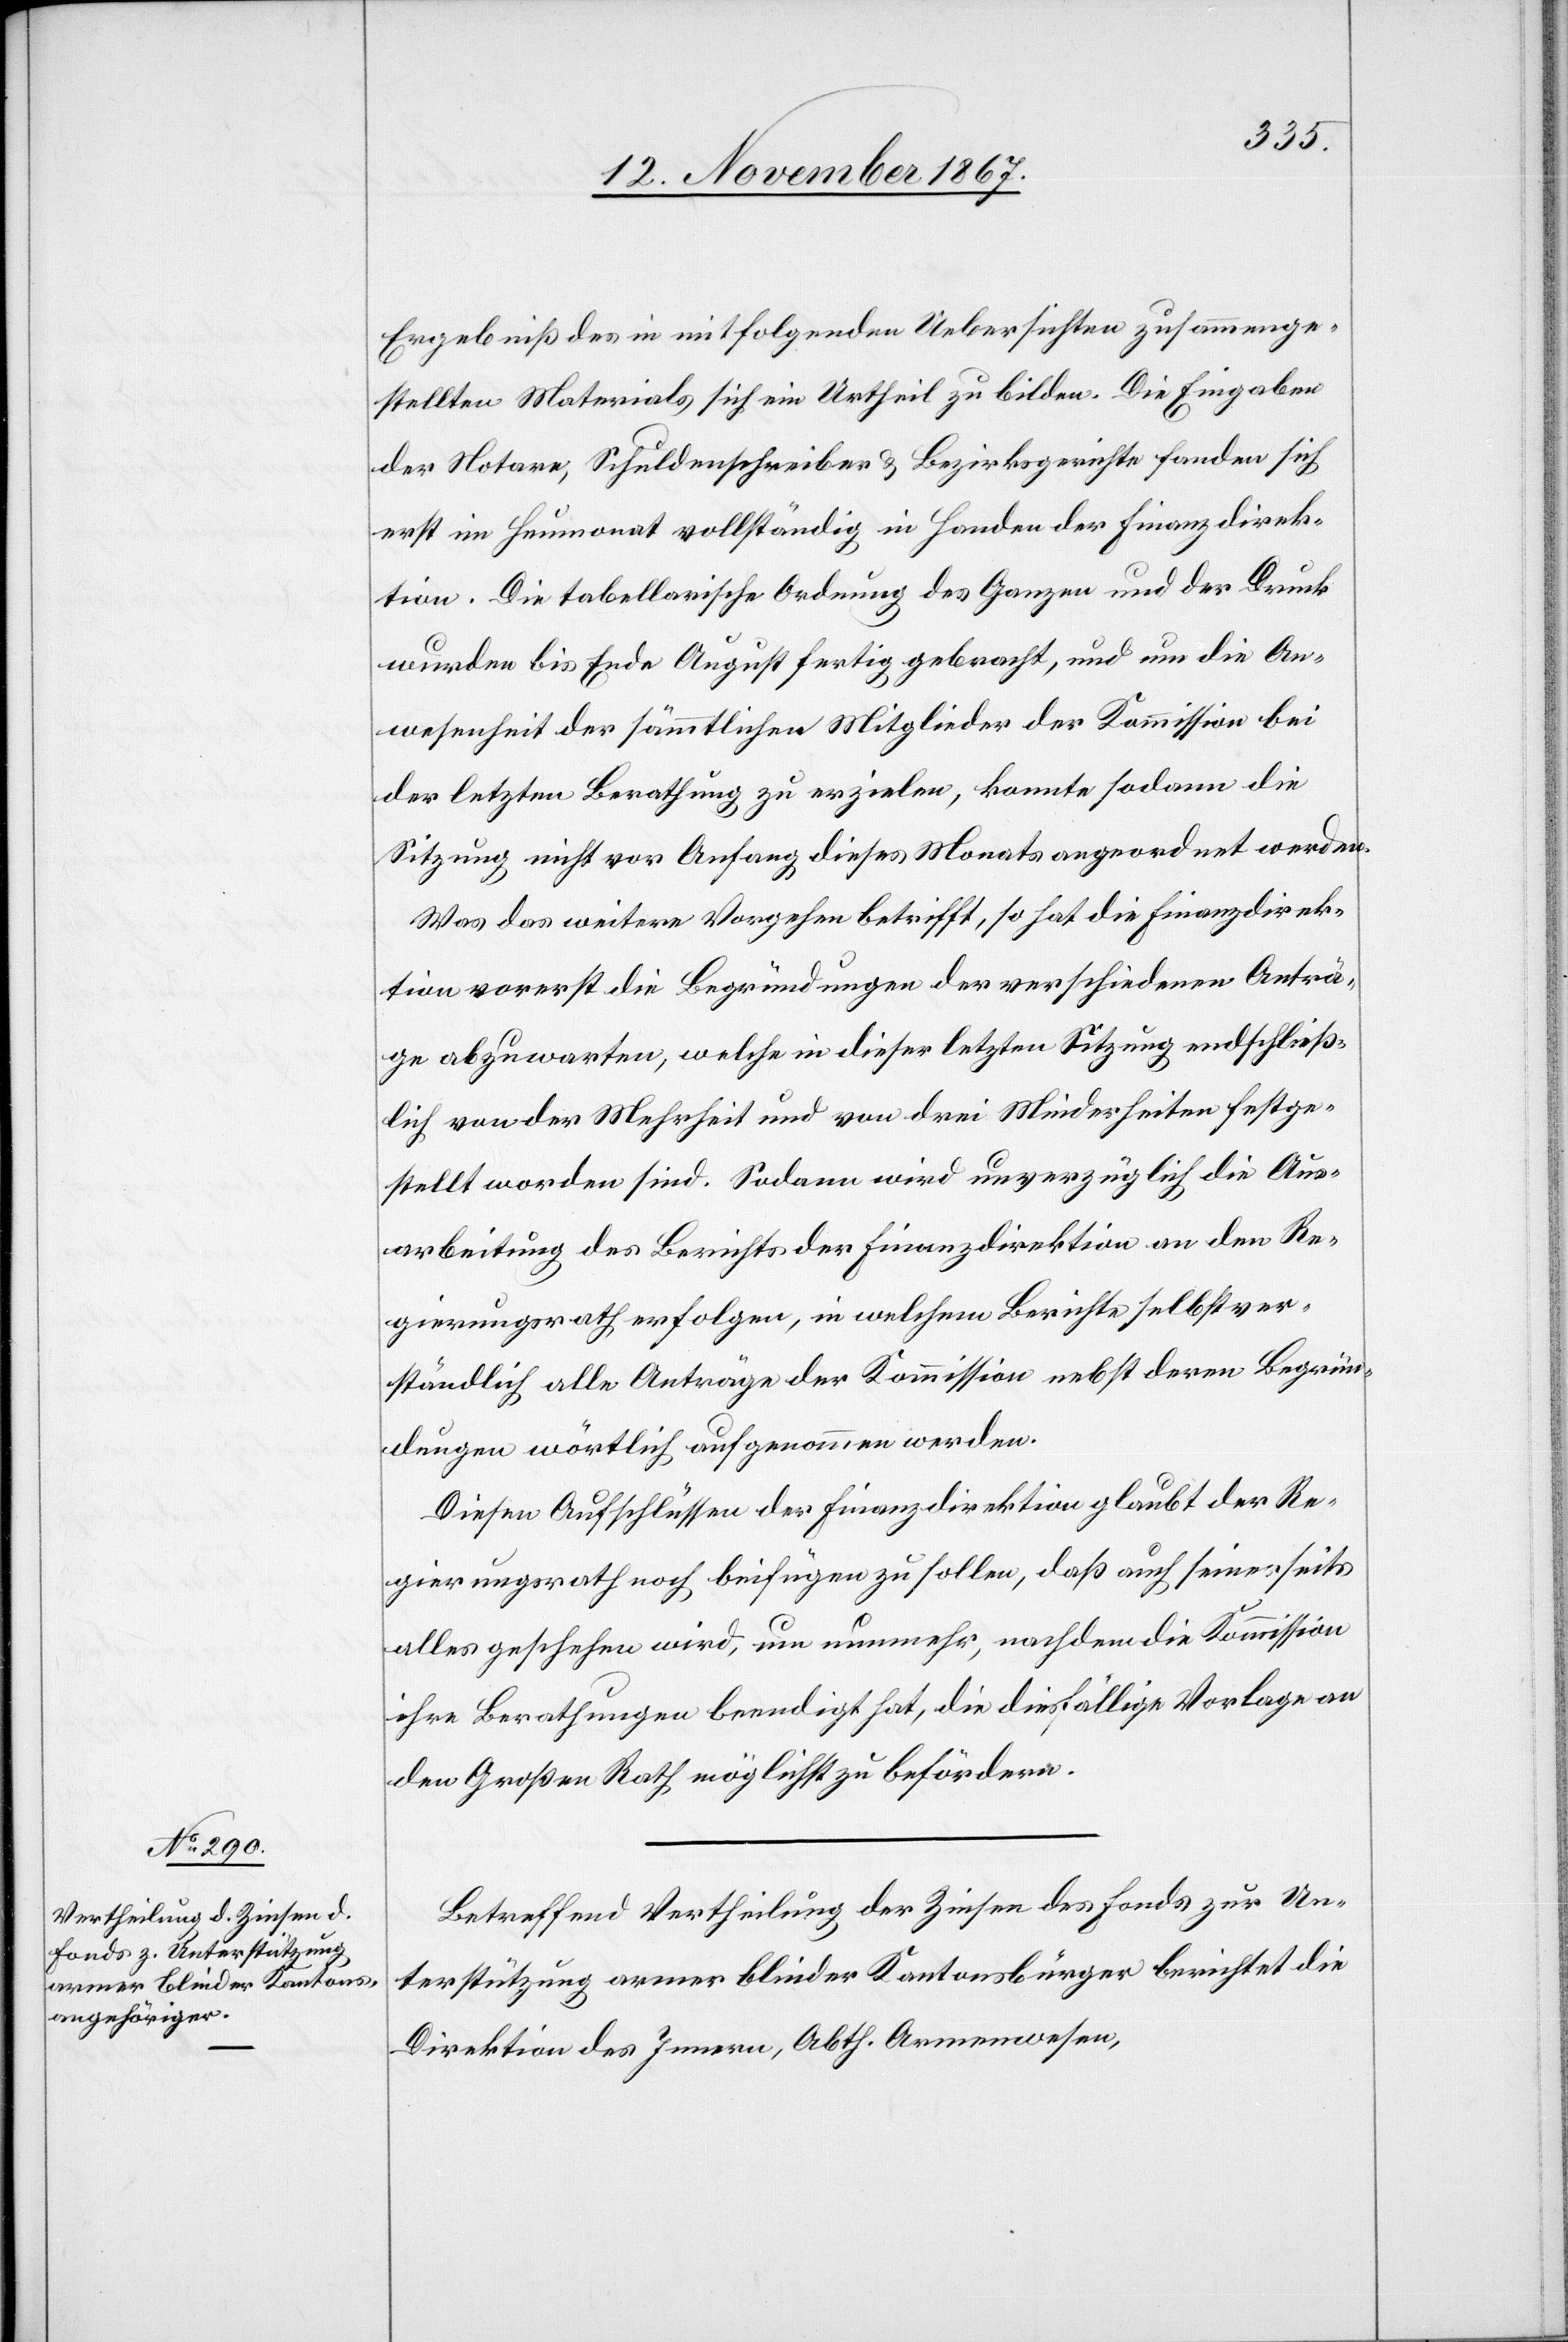
Ergebniß des im mitfolgenden Uebersichten zusammenge¬
stellten Materials sich ein Urtheil zu bilden. Die Eingaben
der Notare, Schuldenschreiber u. Bezirksgerichte fanden sich
erst im Heumonat vollständig in Handen der Finanzdirek¬
tion. Die tabellarische Ordnung des Ganzen und der Druck
wurden bis Ende August fertig gebracht, und um die An¬
wesenheit der sämmtlichen Mitglieder der Kommission bei
der letzten Berathung zu erzielen, konnte sodann die
Sitzung nicht vor Anfang dieses Monats angeordnet werden.
Was das weitere Vorgehen betrifft, so hat die Finanzdirek¬
tion vorerst die Begründungen der verschiedenen Anträ¬
ge abzuwarten, welche in dieser letzten Sitzung endschließ¬
lich von der Mehrheit und von drei Minderheiten festge¬
stellt worden sind. Sodann wird unverzüglich die Aus¬
arbeitung des Berichtes der Finanzdirektion an den Re¬
gierungsrath erfolgen, in welchem Berichte selbstver¬
ständlich alle Anträge der Kommission nebst deren Begrün¬
dungen wörtlich aufgenommen werden.
Diesen Aufschlüssen der Finanzdirektion glaubt der Re¬
gierungsrath noch beifügen zu sollen, daß auch seinerseits
alles geschehen wird, um nunmehr, nachdem die Kommission
ihre Berathungen beendigt hat, die diesfällige Vorlage an
den Großen Rath möglichst zu befördern.